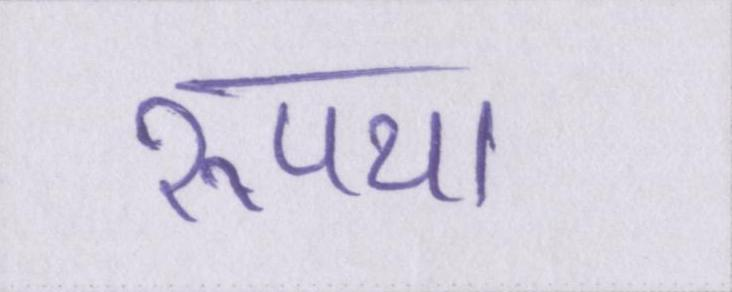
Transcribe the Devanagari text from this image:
रूपया